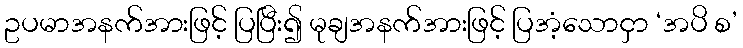
ဥပမာအနက်အားဖြင့် ပြပြီး၍ မုချအနက်အားဖြင့် ပြအံ့သောငှာ ‘အပိ စ’